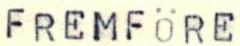
FREMFÖRE